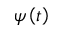
\psi \left( t \right)